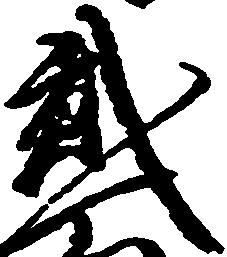
弐